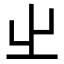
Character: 𡳿